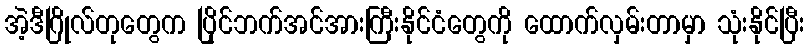
အဲ့ဒီဂြိုလ်တုတွေက ပြိုင်ဘက်အင်အားကြီးနိုင်ငံတွေကို ထောက်လှမ်းတာမှာ သုံးနိုင်ပြီး